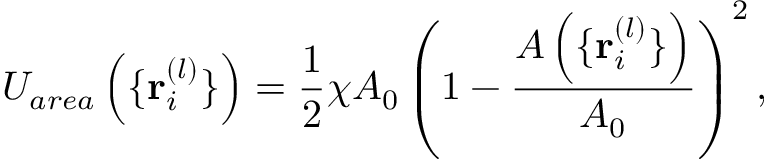
{ { \cal U } _ { a r e a } \left( \{ { \bf r } _ { i } ^ { ( l ) } \} \right) = \frac { 1 } { 2 } \chi A _ { 0 } \left( 1 - \frac { A \left( \{ { \bf r } _ { i } ^ { ( l ) } \} \right) } { A _ { 0 } } \right) ^ { 2 } , }